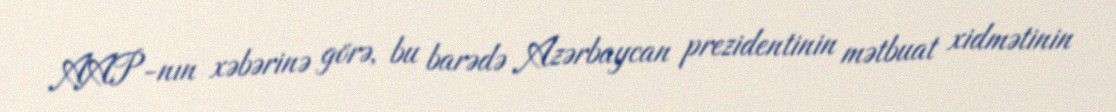
AAP-nın xəbərinə görə, bu barədə Azərbaycan prezidentinin mətbuat xidmətinin